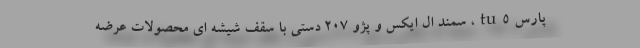
پارس tu5، سمند ال ایکس و پژو 207 دستی با سقف شیشه ای محصولات عرضه